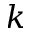
k